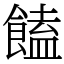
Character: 饁